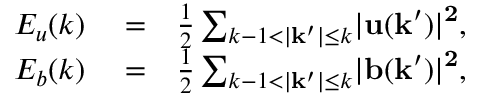
\begin{array} { r l r } { E _ { u } ( k ) } & { { } = } & { \frac { 1 } { 2 } \sum _ { k - 1 < \lvert \mathbf { k ^ { \prime } } \rvert \leq k } \lvert \bf { u } ( \bf { k ^ { \prime } } ) \rvert ^ { 2 } , } \\ { E _ { b } ( k ) } & { { } = } & { \frac { 1 } { 2 } \sum _ { k - 1 < \lvert \mathbf { k ^ { \prime } } \rvert \leq k } \lvert \bf { b } ( \bf { k ^ { \prime } } ) \rvert ^ { 2 } , } \end{array}